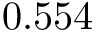
0 . 5 5 4